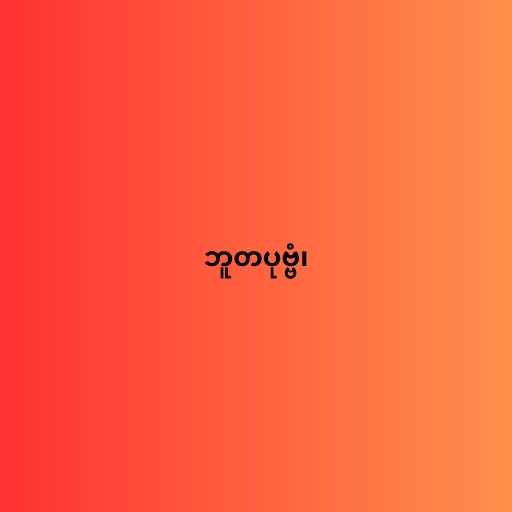
ဘူတပုဗ္ဗံ၊